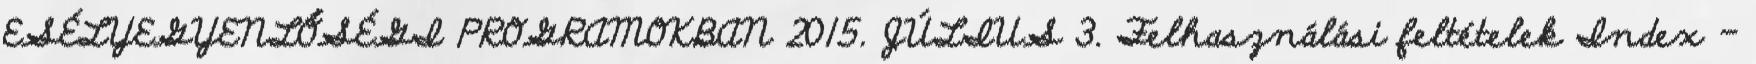
ESÉLYEGYENLŐSÉGI PROGRAMOKBAN 2015. JÚLIUS 3. Felhasználási feltételek Index -